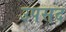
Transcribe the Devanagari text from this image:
उपसद